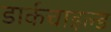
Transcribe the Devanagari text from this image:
डार्कचाइल्ड